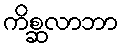
ကိစ္ဆလာဘာ